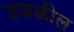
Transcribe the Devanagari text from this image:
उजळील